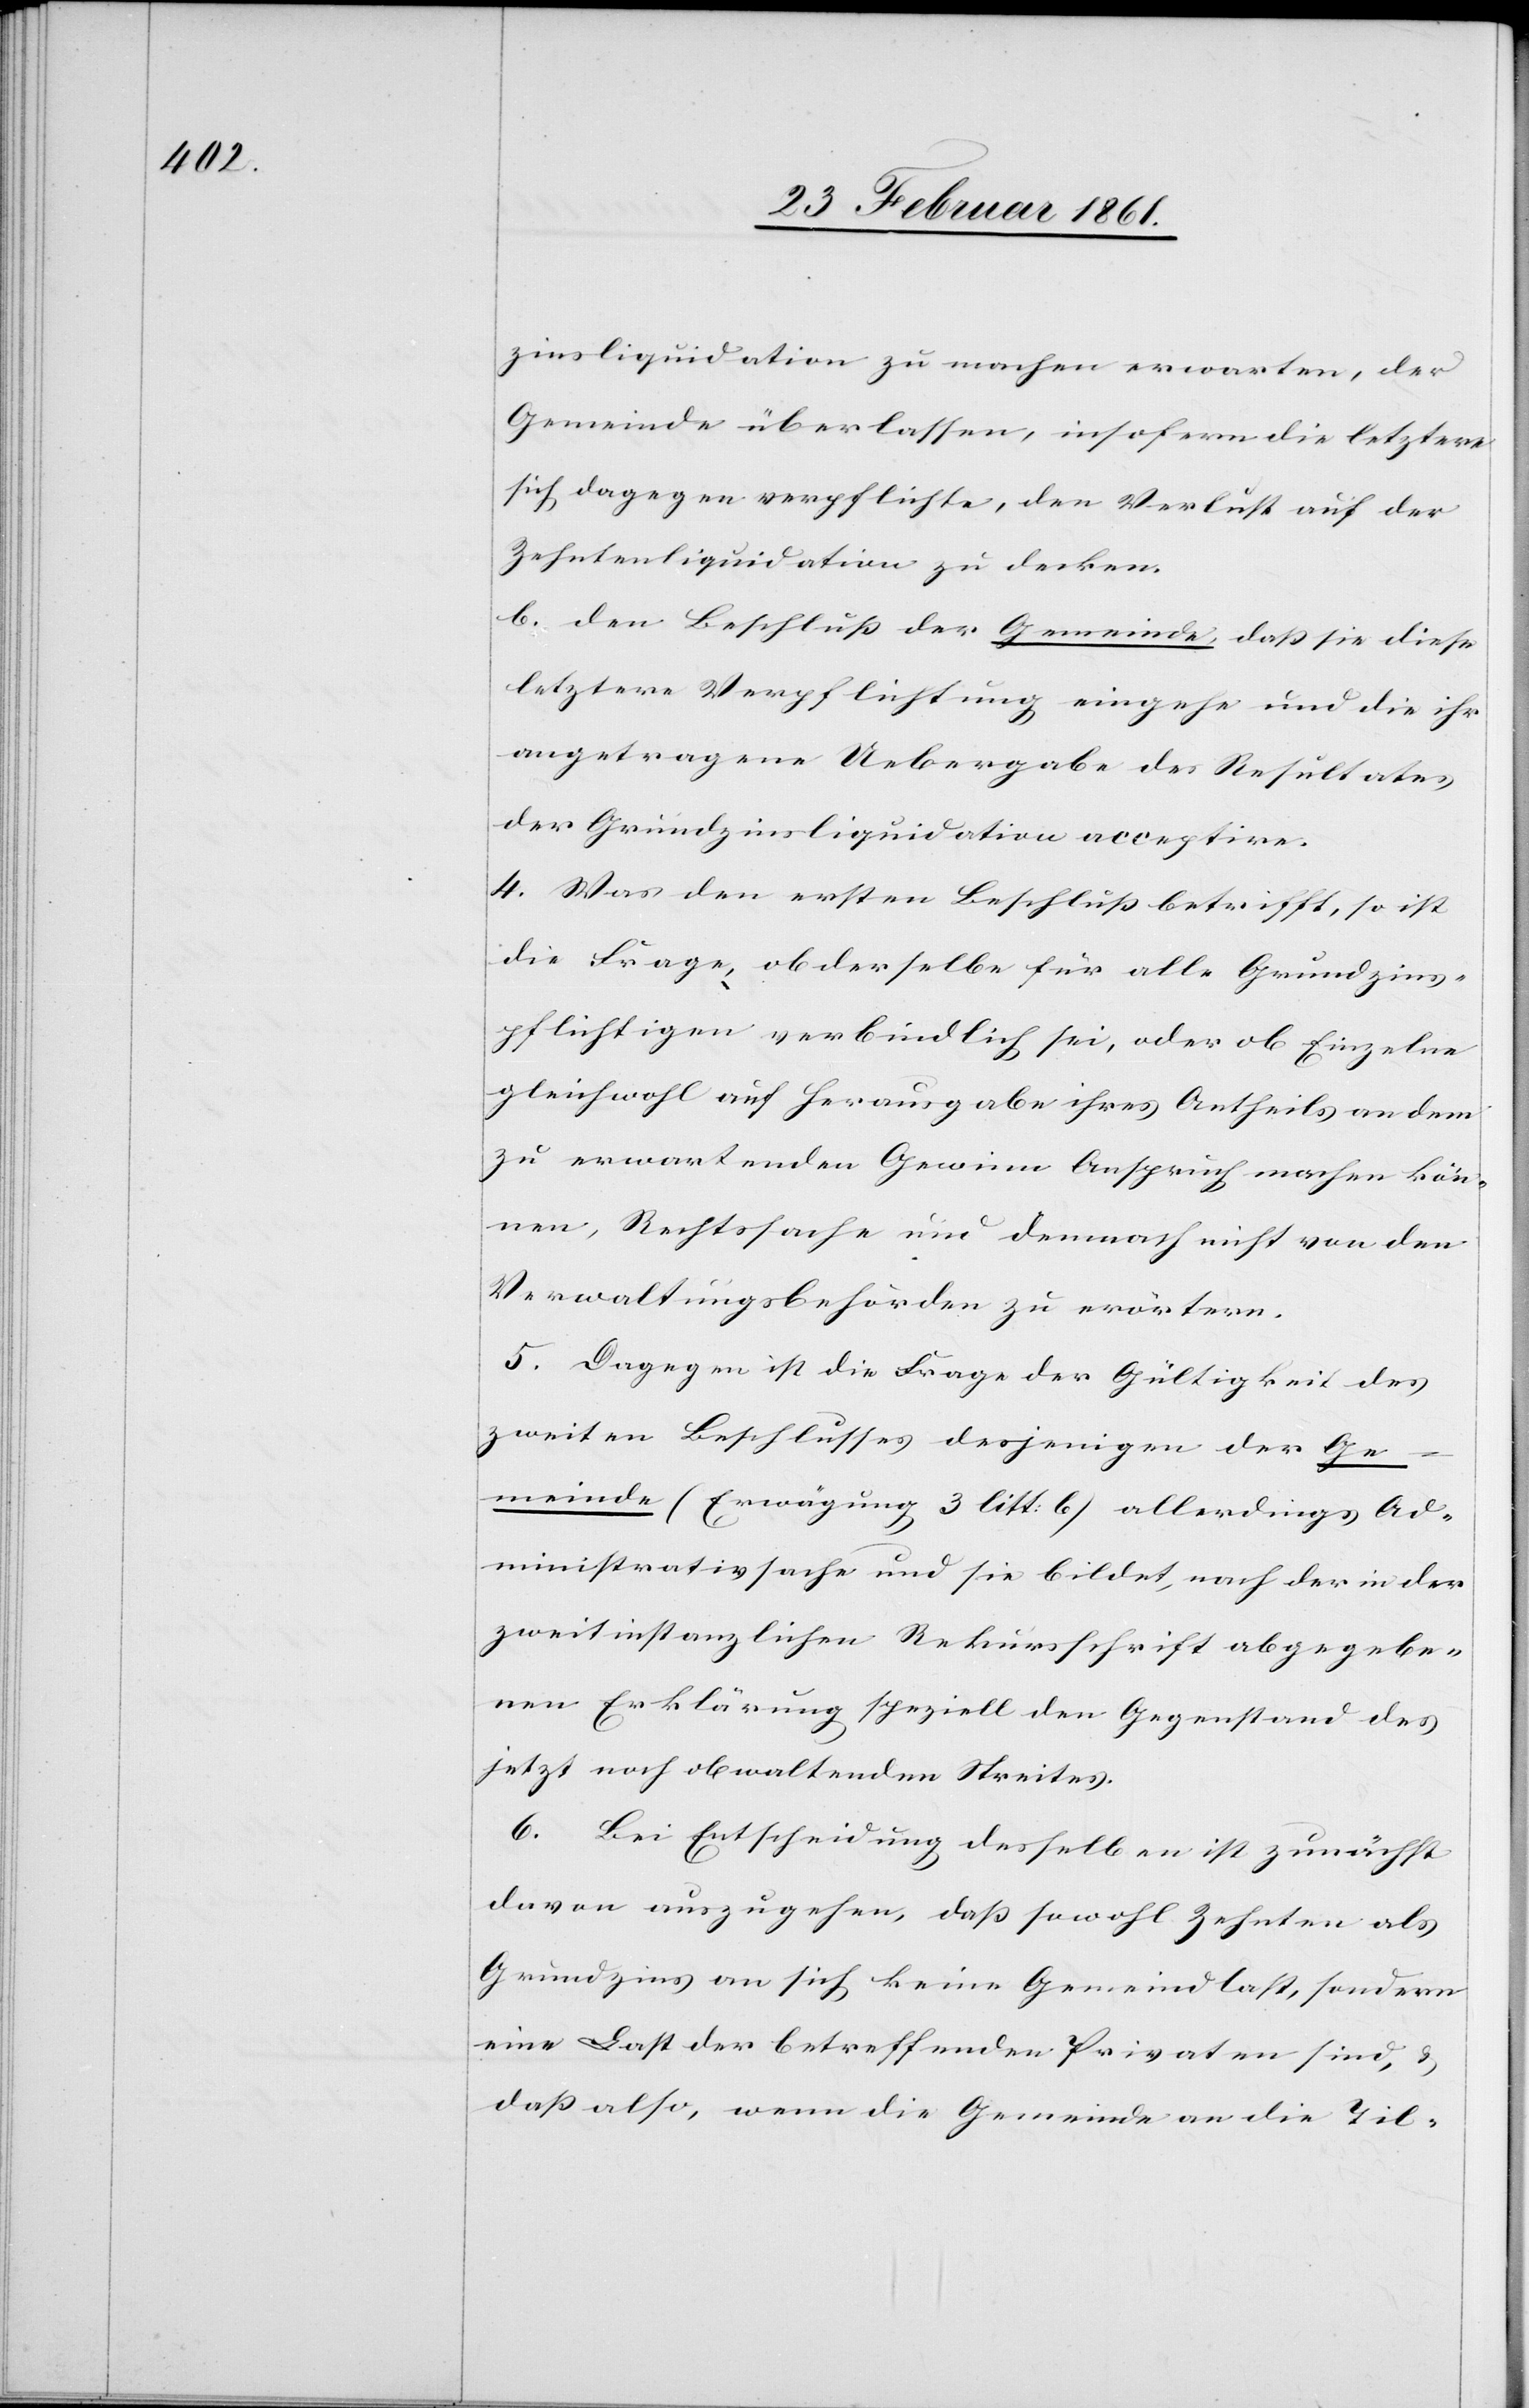
zinsliquidation zu machen erwarten, der
Gemeinde überlassen, insofern die letztere
sich dagegen verpflichte, den Verlust auf der
Zehntenliquidation zu decken.
b. den Beschluss der Gemeinde, dass sie diese
Letztere Verpflichtung eingehe und die ihr
angetragene Uebergabe des Resultates
der Grundzinsliquidation acceptire.
4. Was den ersten Beschluss betrifft, so ist
die Frage, ob derselbe für alle Grundzins¬
pflichtigen verbindlich sei, oder ob Einzelne
gleichwohl auf Herausgabe ihres Antheils an dem
zu erwartenden Gewinn Anspruch machen kön¬
nen, Rechtssache und demnach nicht von den
Verwaltungsbehörden zu erörtern.
5. Dagegen ist die Frage der Gültigkeit des
zweiten Beschlusses desjenigen der Ge¬
meinde (Erwägung 3 litt b) allerdings Ad¬
ministrativsache und sie bildet nach der in der
zweitinstanzlichen Rekursschrift abgegebe¬
nen Erklärung speziell den Gegenstand des
jetzt noch obwaltenden Streites.
6. Bei Entscheidung desselben ist zunächst
davon auszugehen, dass sowohl Zehnte als
Grundzins an sich keine Gemeindlast, sondern
eine Last der betreffenden Privaten sind, u.
dass also, wenn die Gemeinde an die Til-